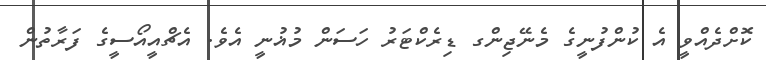
ކޮށްދެއްވީ އެ ކުންފުނީގެ މެނޭޖިންގ ޑިރެކްޓަރު ހަސަން މުޣުނީ އެވެ. އެޗްއީއޯސީގެ ފަރާތުން